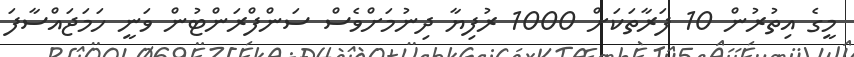
މީގެ އިތުރުން 10 ފަރާތަކަށް 1000 ރުފިޔާ ދިނުމަށްވެސް ސަންފްރަންޓުން ވަނީ ހަމަޖައްސާފަ